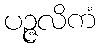
ပဉ္ဇလိကံ